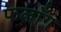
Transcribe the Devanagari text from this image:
फलाँग